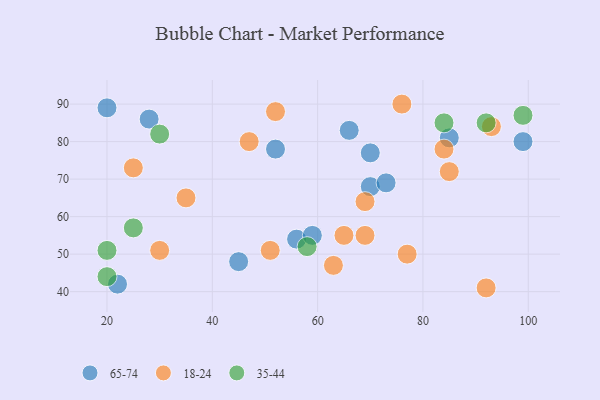
{"axis": {"x": "GDP", "y": "Life Expectancy"}, "legend": ["18-24", "35-44", "65-74"], "data": [{"x": "70", "y": 77, "type": "65-74"}, {"x": "28", "y": 86, "type": "65-74"}, {"x": "56", "y": 54, "type": "65-74"}, {"x": "20", "y": 89, "type": "65-74"}, {"x": "85", "y": 81, "type": "65-74"}, {"x": "22", "y": 42, "type": "65-74"}, {"x": "52", "y": 78, "type": "65-74"}, {"x": "99", "y": 80, "type": "65-74"}, {"x": "45", "y": 48, "type": "65-74"}, {"x": "70", "y": 68, "type": "65-74"}, {"x": "66", "y": 83, "type": "65-74"}, {"x": "73", "y": 69, "type": "65-74"}, {"x": "59", "y": 55, "type": "65-74"}, {"x": "30", "y": 51, "type": "18-24"}, {"x": "69", "y": 55, "type": "18-24"}, {"x": "76", "y": 90, "type": "18-24"}, {"x": "51", "y": 51, "type": "18-24"}, {"x": "52", "y": 88, "type": "18-24"}, {"x": "93", "y": 84, "type": "18-24"}, {"x": "65", "y": 55, "type": "18-24"}, {"x": "92", "y": 41, "type": "18-24"}, {"x": "85", "y": 72, "type": "18-24"}, {"x": "69", "y": 64, "type": "18-24"}, {"x": "35", "y": 65, "type": "18-24"}, {"x": "25", "y": 73, "type": "18-24"}, {"x": "77", "y": 50, "type": "18-24"}, {"x": "47", "y": 80, "type": "18-24"}, {"x": "84", "y": 78, "type": "18-24"}, {"x": "63", "y": 47, "type": "18-24"}, {"x": "25", "y": 57, "type": "35-44"}, {"x": "30", "y": 82, "type": "35-44"}, {"x": "20", "y": 51, "type": "35-44"}, {"x": "99", "y": 87, "type": "35-44"}, {"x": "84", "y": 85, "type": "35-44"}, {"x": "58", "y": 52, "type": "35-44"}, {"x": "20", "y": 44, "type": "35-44"}, {"x": "92", "y": 85, "type": "35-44"}]}